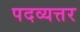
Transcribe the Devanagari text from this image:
पदव्यत्तर